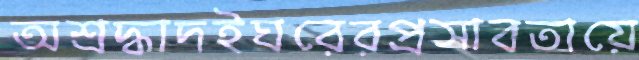
অশ্রদ্ধাদইঘরেরপ্রসাবতায়ে